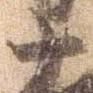
十